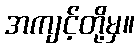
အကျင့်တို့မှ။